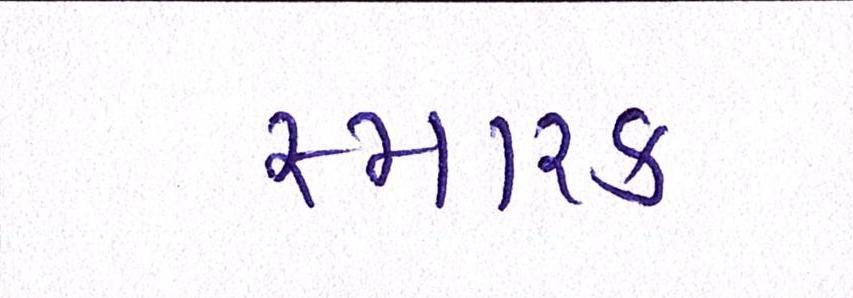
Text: સ્મારક